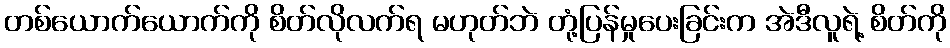
တစ်ယောက်ယောက်ကို စိတ်လိုလက်ရ မဟုတ်ဘဲ တုံ့ပြန်မှုပေးခြင်းက အဲဒီလူရဲ့ စိတ်ကို